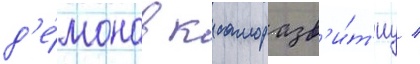
д'е́монов к саморазв'и́т'иу /